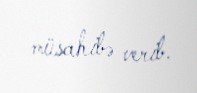
müsahibə verib.